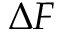
\Delta F